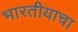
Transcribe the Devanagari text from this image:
भारतीयाचा